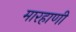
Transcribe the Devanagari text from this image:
मारहाणी